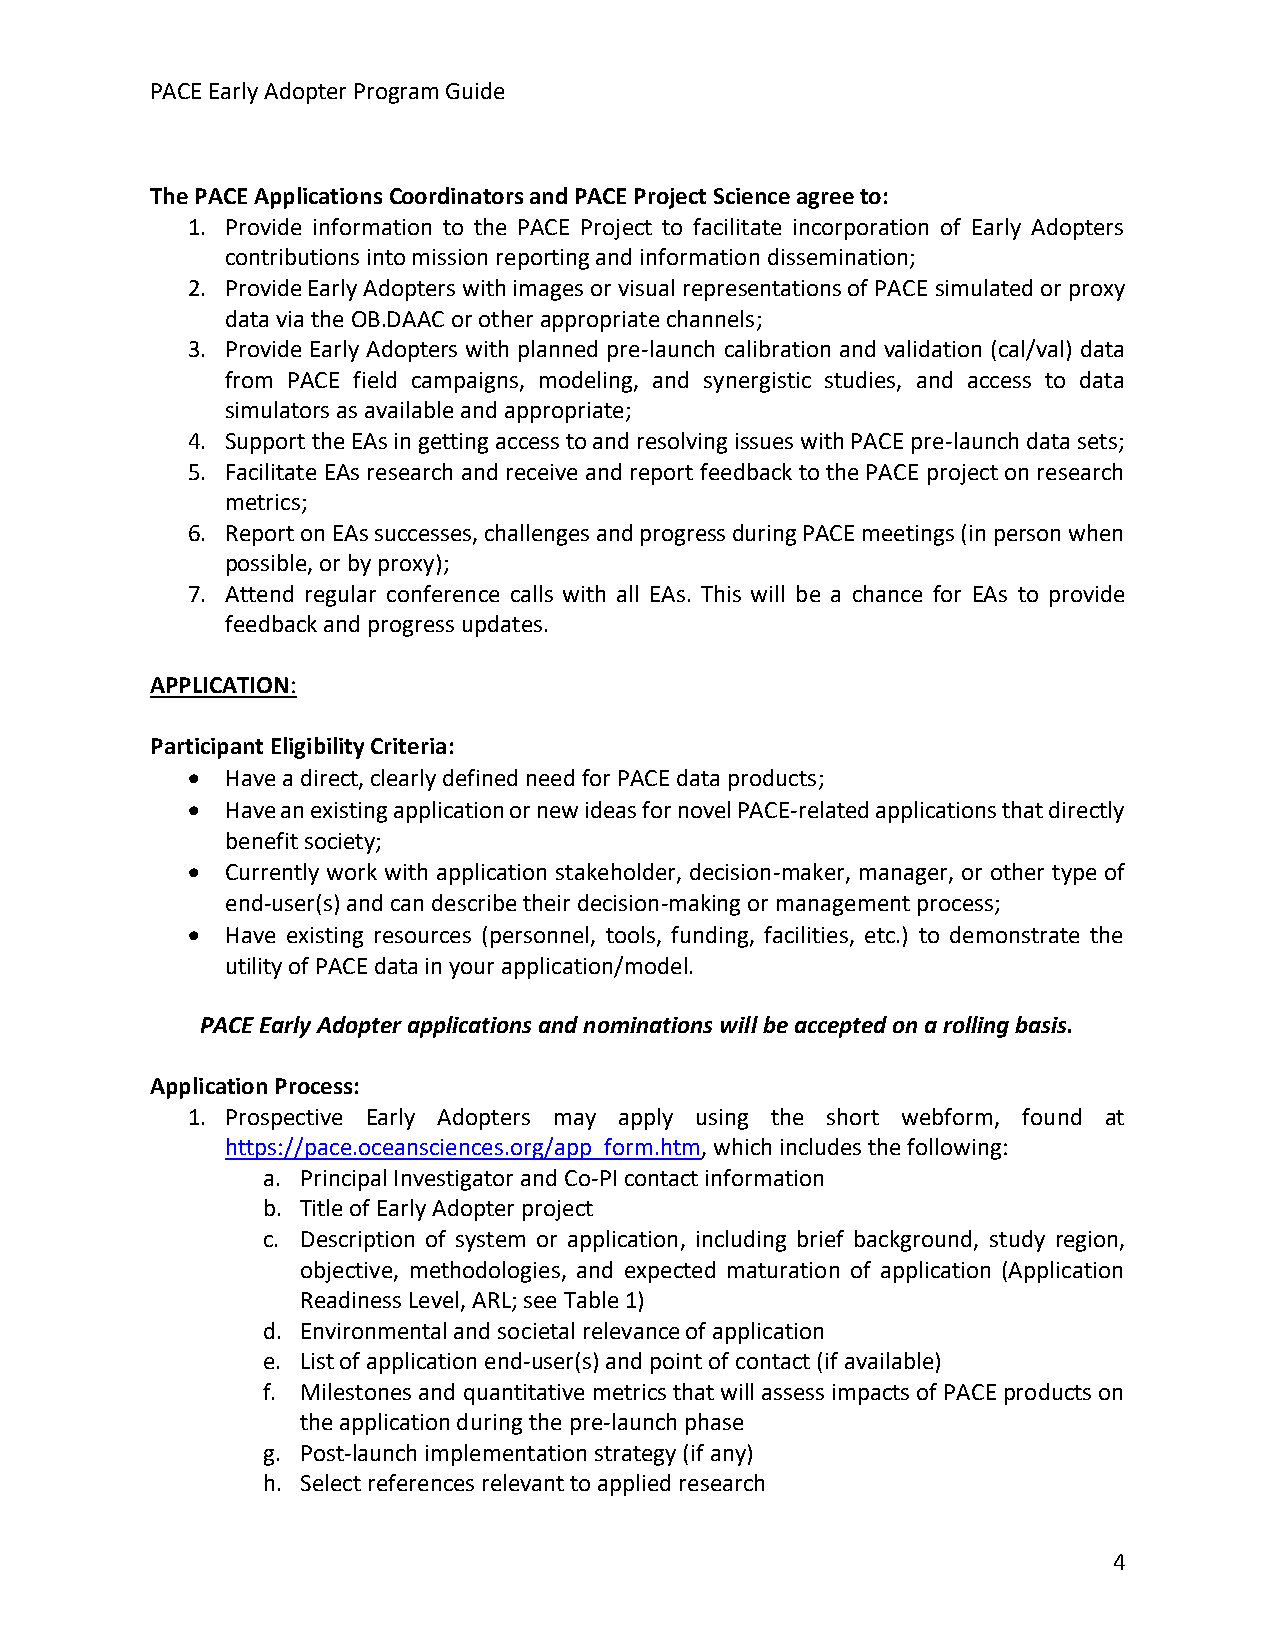
PACE Early Adopter Program Guide
 The PACE Applications Coordinators and PACE Project Science agree to:
 1. Provide information to the PACE Project to facilitate incorporation of Early Adopters
 contributions into mission reporting and information dissemination;
 2. Provide Early Adopters with images or visual representations of PACE simulated or proxy
 data via the OB.DAAC or other appropriate channels;
 3. Provide Early Adopters with planned pre-launch calibration and validation (cal/val) data
 from PACE field campaigns, modeling, and synergistic studies, and access to data
 simulators as available and appropriate;
 4. Support the EAs in getting access to and resolving issues with PACE pre-launch data sets;
 5. Facilitate EAs research and receive and report feedback to the PACE project on research
 metrics;
 6. Report on EAs successes, challenges and progress during PACE meetings (in person when
 possible, or by proxy);
 7. Attend regular conference calls with all EAs. This will be a chance for EAs to provide
 feedback and progress updates.
 APPLICATION:
 Participant Eligibility Criteria:
 •  Have a direct, clearly defined need for PACE data products;
 •  Have an existing application or new ideas for novel PACE-related applications that directly
 benefit society;
 •  Currently work with application stakeholder, decision-maker, manager, or other type of
 end-user(s) and can describe their decision-making or management process;
 •  Have existing resources (personnel, tools, funding, facilities, etc.) to demonstrate the
 utility of PACE data in your application/model.
 PACE Early Adopter applications and nominations will be accepted on a rolling basis.
 Application Process:
 1. Prospective Early Adopters may apply using the short webform, found at
 https://pace.oceansciences.org/app_form.htm, which includes the following:
 a. Principal Investigator and Co-PI contact information
 b. Title of Early Adopter project
 c. Description of system or application, including brief background, study region,
 objective, methodologies, and expected maturation of application (Application
 Readiness Level, ARL; see Table 1)
 d. Environmental and societal relevance of application
 e. List of application end-user(s) and point of contact (if available)
 f. Milestones and quantitative metrics that will assess impacts of PACE products on
 the application during the pre-launch phase
 g. Post-launch implementation strategy (if any)
 h. Select references relevant to applied research
 4